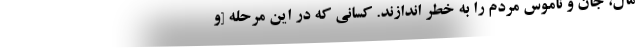
مال، جان و ناموس مردم را به خطر اندازند. كسانى كه در اين مرحله [و